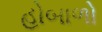
હોબાળો